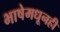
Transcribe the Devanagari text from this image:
भाषेमधूनही